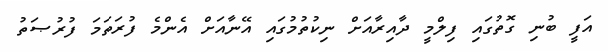
އަފީ ބުނި ގޮތުގައި ފިލްމީ ދާއިރާއަށް ނިކުތުމުގައި އޭނާއަށް އެންމެ ފުރަތަމަ ފުރުޞަތު